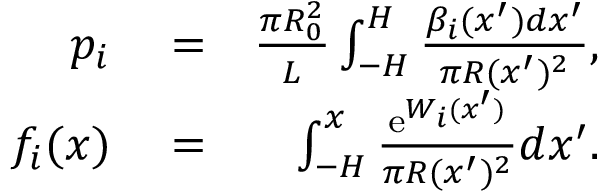
\begin{array} { r l r } { p _ { i } } & { { } = } & { \frac { \pi R _ { 0 } ^ { 2 } } { L } \int _ { - H } ^ { H } \frac { \beta _ { i } ( x ^ { \prime } ) d x ^ { \prime } } { \pi R ( x ^ { \prime } ) ^ { 2 } } , } \\ { f _ { i } ( x ) } & { { } = } & { \int _ { - H } ^ { x } \frac { \mathrm { e } ^ { W _ { i } ( x ^ { \prime } ) } } { \pi R ( x ^ { \prime } ) ^ { 2 } } d x ^ { \prime } . } \end{array}